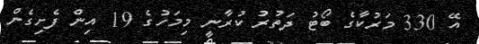
އޭ 330 މަރުކާގެ ބޯޓު ދަތުރު ކުރާނީ މިމަހުގެ 19 އިން ފެށިގެން